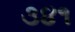
૩૪૧